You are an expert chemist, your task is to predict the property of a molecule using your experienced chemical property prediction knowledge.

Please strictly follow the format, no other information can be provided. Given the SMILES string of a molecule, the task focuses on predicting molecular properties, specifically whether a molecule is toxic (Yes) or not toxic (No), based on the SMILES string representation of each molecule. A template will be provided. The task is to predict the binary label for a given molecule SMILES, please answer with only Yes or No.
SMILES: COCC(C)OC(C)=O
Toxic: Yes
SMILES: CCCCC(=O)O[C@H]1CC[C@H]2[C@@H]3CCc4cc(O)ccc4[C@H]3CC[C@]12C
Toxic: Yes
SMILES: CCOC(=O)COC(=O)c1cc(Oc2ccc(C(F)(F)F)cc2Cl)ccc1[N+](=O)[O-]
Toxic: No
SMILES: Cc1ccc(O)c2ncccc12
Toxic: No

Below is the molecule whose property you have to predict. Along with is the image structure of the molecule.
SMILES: CCc1c(C(=O)NN2CCCCC2)nn(-c2ccc(Cl)cc2Cl)c1-c1ccc(Br)cc1
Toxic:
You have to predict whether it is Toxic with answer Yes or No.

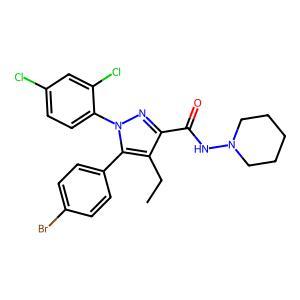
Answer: No